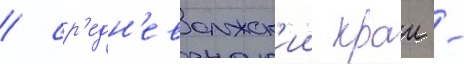
/ ср'едн'еволжск'ии краи -